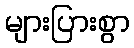
များပြားစွာ